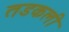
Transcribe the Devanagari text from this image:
तडकली